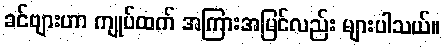
ခင်ဗျားဟာ ကျုပ်ထက် အကြားအမြင်လည်း များပါသယ်။